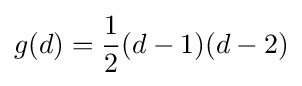
g(d)={\frac {1}{2}}(d-1)(d-2)